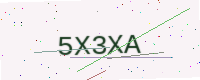
Text: 5X3XA